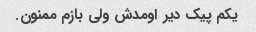
یکم پیک دیر اومدش ولی بازم ممنون.